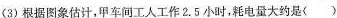
(3)根据图象估计，甲车间工人工作2.5小时，耗电量大约是( )